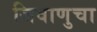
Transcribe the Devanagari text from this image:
जिवाणुचा